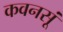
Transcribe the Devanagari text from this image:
कवनसूं